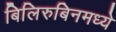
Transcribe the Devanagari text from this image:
बिलिरुबिनमध्ये